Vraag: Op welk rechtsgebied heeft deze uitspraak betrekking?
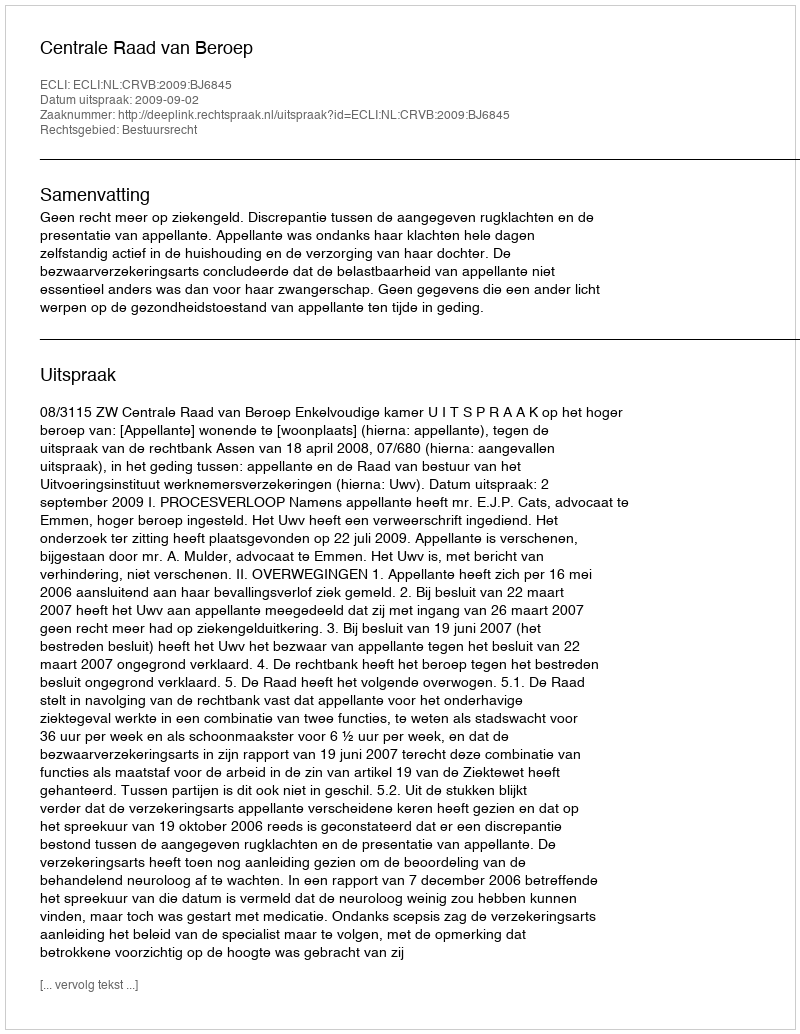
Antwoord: Bestuursrecht